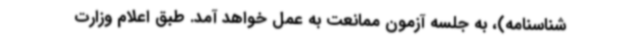
شناسنامه)، به جلسه آزمون ممانعت به عمل خواهد آمد. طبق اعلام وزارت